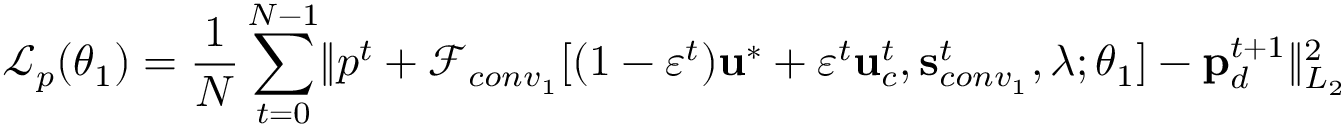
\mathcal { L } _ { p } ( \boldsymbol { \theta } _ { 1 } ) = \frac { 1 } { N } \sum _ { t = 0 } ^ { N - 1 } \lVert p ^ { t } + \mathscr { F } _ { c o n v _ { 1 } } [ ( 1 - \varepsilon ^ { t } ) \mathbf { u } ^ { * } + \varepsilon ^ { t } \mathbf { u } _ { c } ^ { t } , \mathbf { s } _ { c o n v _ { 1 } } ^ { t } , \boldsymbol { \lambda } ; \boldsymbol { \theta } _ { 1 } ] - \mathbf { p } _ { d } ^ { t + 1 } \rVert _ { L _ { 2 } } ^ { 2 }